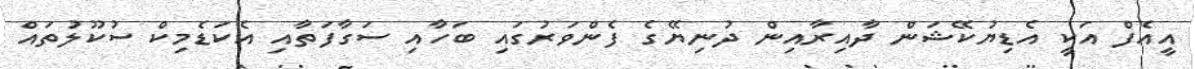
އީއެފް އަކީ އެޑިޔުކޭޝަން ދާއިރާއިން ދުނިޔޭގެ ފެންވަރުގައި ބަހާއި ސަގާފަތާއި އެކަޑެމިކް ސުކޫލުތައް